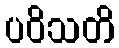
ပဝိသတိ